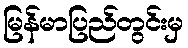
မြန်မာပြည်တွင်းမှ